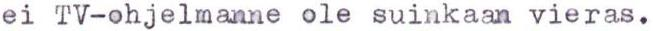
ei Tv-ohjelmanne ole suinkaan vieras.